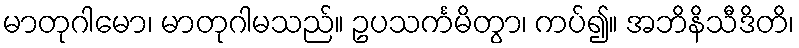
မာတုဂါမော၊ မာတုဂါမသည်။ ဥပသင်္ကမိတွာ၊ ကပ်၍။ အဘိနိသီဒိတိ၊